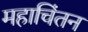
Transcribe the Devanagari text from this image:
महाचिंतन